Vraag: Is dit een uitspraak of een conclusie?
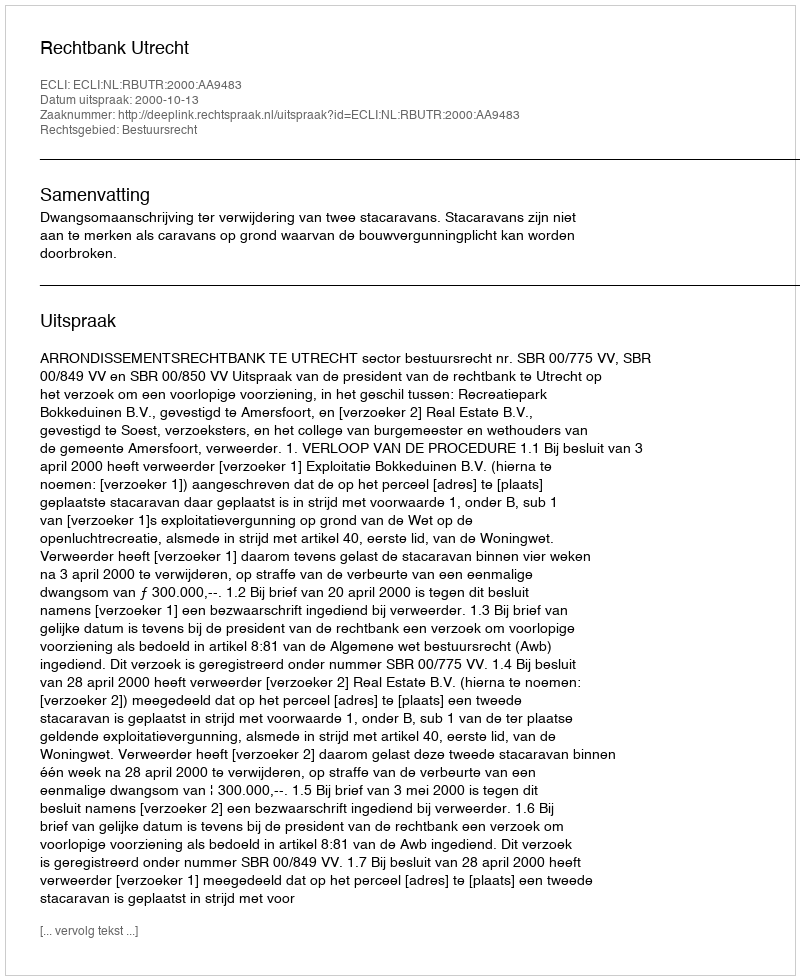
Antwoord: Uitspraak